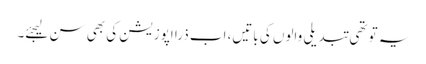
یہ تو تھی تبدیلی والوں کی باتیں، اب ذرا اپوزیشن کی بھی سن لیجئے۔